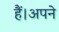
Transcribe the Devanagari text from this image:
हैं।अपने